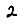
Digit: 2